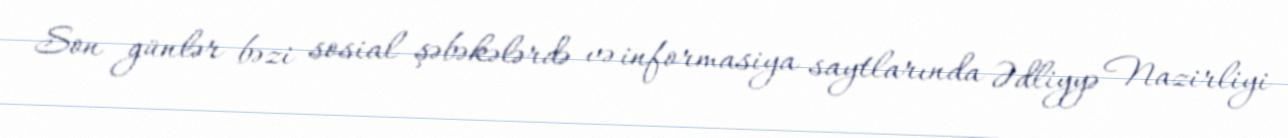
Son günlər bəzi sosial şəbəkələrdə və informasiya saytlarında Ədliyyə Nazirliyi